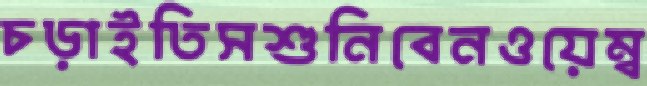
চড়াইতিসশুনিবেনওয়েম্ব